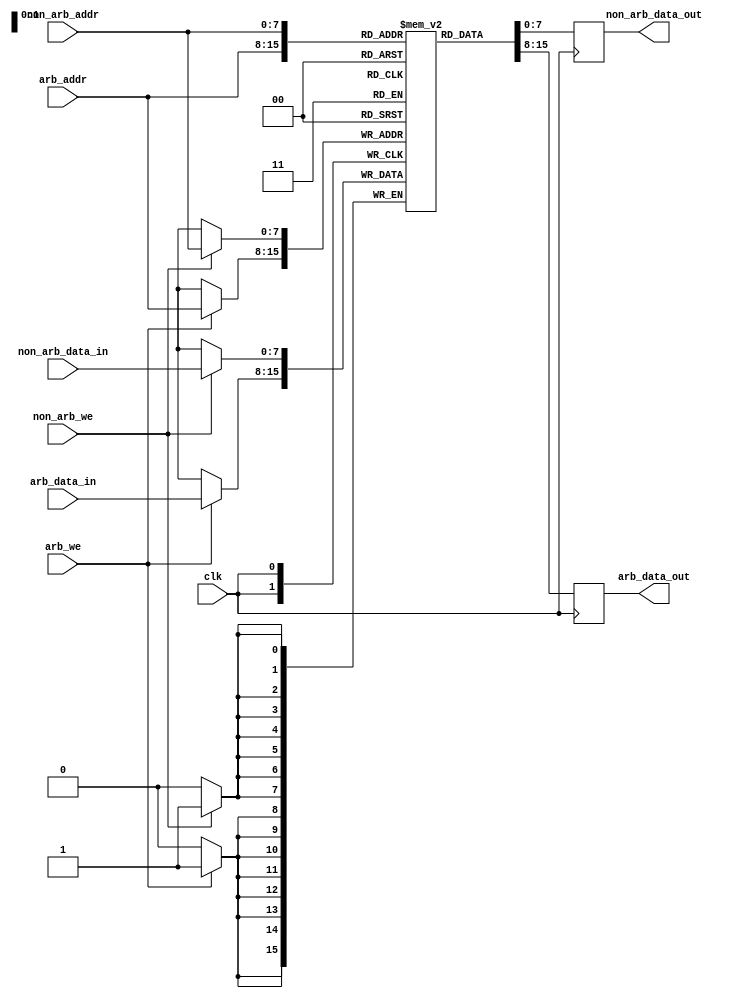
module dual_port_ram (
    input wire clk,
    input wire [7:0] arb_addr,
    input wire arb_we,
    input wire [7:0] arb_data_in,
    output wire [7:0] arb_data_out,
    input wire [7:0] non_arb_addr,
    input wire non_arb_we,
    input wire [7:0] non_arb_data_in,
    output wire [7:0] non_arb_data_out
);

reg [7:0] mem [0:255];

// Arbitration port
always @(posedge clk) begin
    if (arb_we) begin
        mem[arb_addr] <= arb_data_in;
    end
    arb_data_out <= mem[arb_addr];
end

// Non-arbitration port
always @(posedge clk) begin
    if (non_arb_we) begin
        mem[non_arb_addr] <= non_arb_data_in;
    end
    non_arb_data_out <= mem[non_arb_addr];
end

endmodule